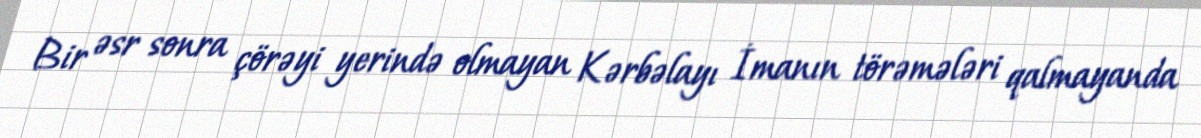
Bir əsr sonra çörəyi yerində olmayan Kərbəlayı İmanın törəmələri qalmayanda